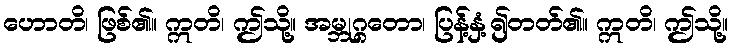
ဟောတိ၊ ဖြစ်၏။ ဣတိ၊ ဤသို့။ အမ္ဘုဂ္ဂတော၊ ပြန့်နှံ့၍တတ်၏။ ဣတိ၊ ဤသို့။